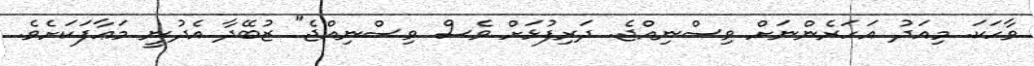
ވާހަކަ. މިއަދު އަހަރެންނަށް ވިސްނިއްޖެ. ދަރިފުޅަށް ވެސް ވިސްނިއްޖެ" ޒުބޭދާ އެދުނީ މަޢާފަކަށެވެ.